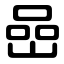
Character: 嵒